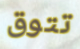
تتوق